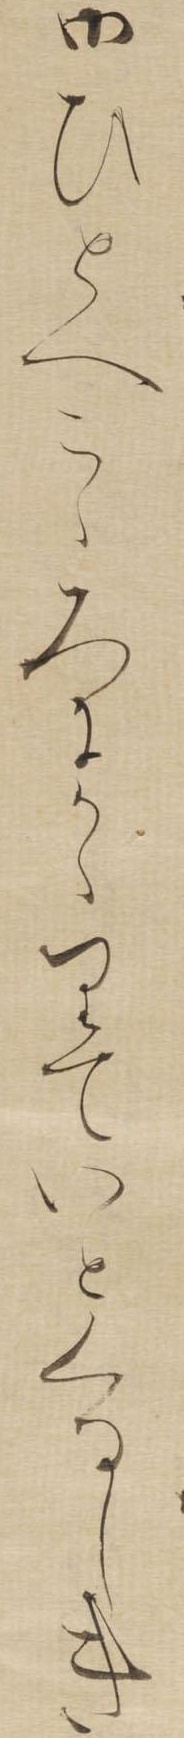
御ひとへこゝろにかゝりていとくるしき